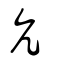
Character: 亢